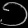
Digit: ၁